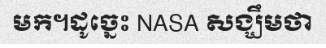
មក។ដូច្នេះ NASA សង្ឃឹមថា